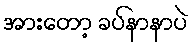
အားတော့ ခပ်နာနာပဲ